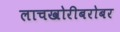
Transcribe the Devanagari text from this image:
लाचखोरीबरोबर